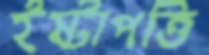
ইষ্টাপত্তি